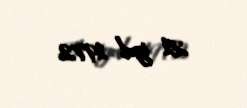
21 iyul 1972